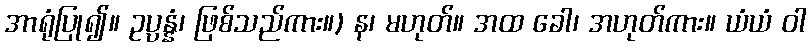
အာရုံပြု၍။ ဥပ္ပန္နံ၊ ဖြစ်သည်ကား။) န၊ မဟုတ်။ အထ ခေါ၊ အဟုတ်ကား။ ယံယံ ဝါ